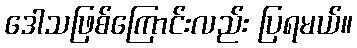
ဒေါသဖြစ်ကြောင်းလည်း ပြရမယ်။